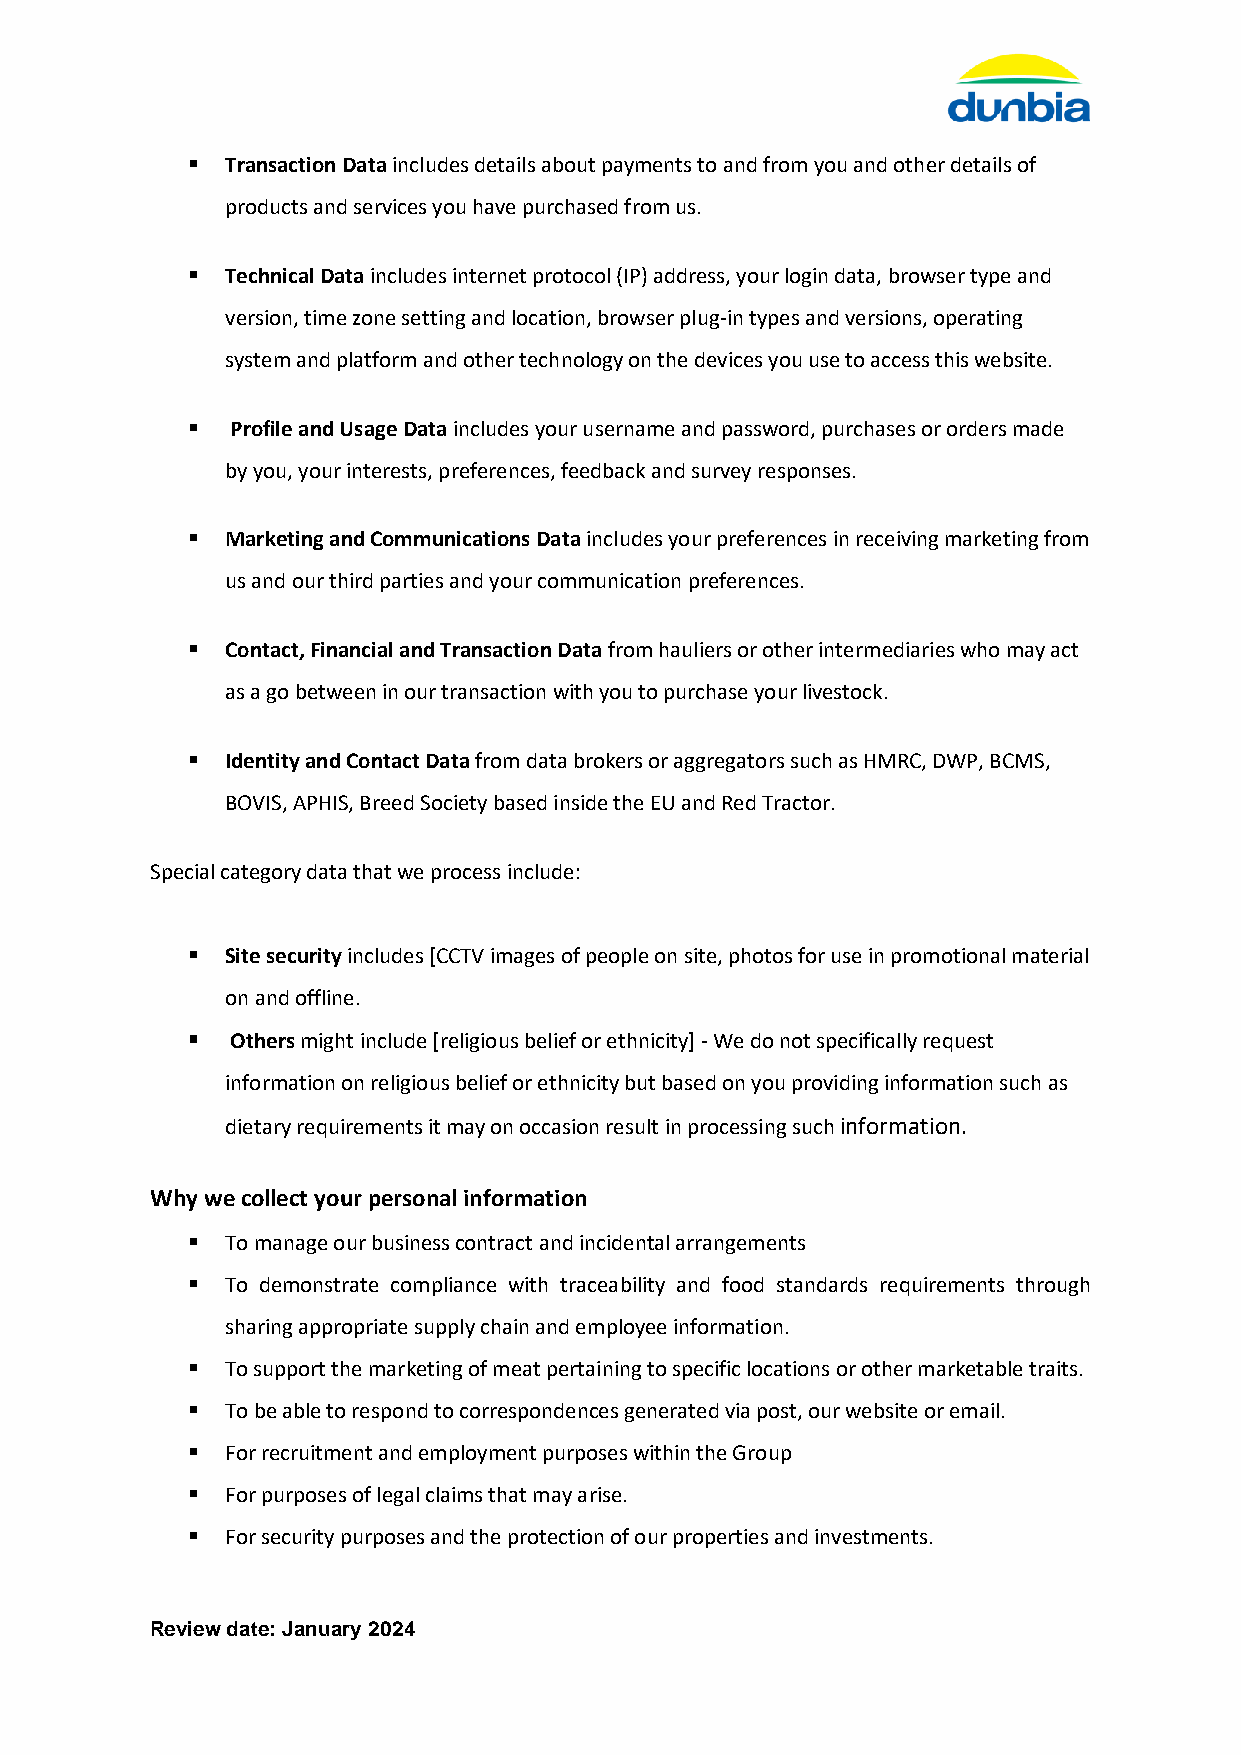
▪  Transaction Data includes details about payments to and from you and other details of
 products and services you have purchased from us.
 ▪  Technical Data includes internet protocol (IP) address, your login data, browser type and
 version, time zone setting and location, browser plug-in types and versions, operating
 system and platform and other technology on the devices you use to access this website.
 ▪  Profile and Usage Data includes your username and password, purchases or orders made
 by you, your interests, preferences, feedback and survey responses.
 ▪  Marketing and Communications Data includes your preferences in receiving marketing from
 us and our third parties and your communication preferences.
 ▪  Contact, Financial and Transaction Data from hauliers or other intermediaries who may act
 as a go between in our transaction with you to purchase your livestock.
 ▪  Identity and Contact Data from data brokers or aggregators such as HMRC, DWP, BCMS,
 BOVIS, APHIS, Breed Society based inside the EU and Red Tractor.
 Special category data that we process include:
 ▪  Site security includes [CCTV images of people on site, photos for use in promotional material
 on and offline.
 ▪  Others might include [religious belief or ethnicity] - We do not specifically request
 information on religious belief or ethnicity but based on you providing information such as
 dietary requirements it may on occasion result in processing such information.
 Why we collect your personal information
 ▪  To manage our business contract and incidental arrangements
 ▪  To demonstrate compliance with traceability and food standards requirements through
 sharing appropriate supply chain and employee information.
 ▪  To support the marketing of meat pertaining to specific locations or other marketable traits.
 ▪  To be able to respond to correspondences generated via post, our website or email.
 ▪  For recruitment and employment purposes within the Group
 ▪  For purposes of legal claims that may arise.
 ▪  For security purposes and the protection of our properties and investments.
 Review date: January 2024